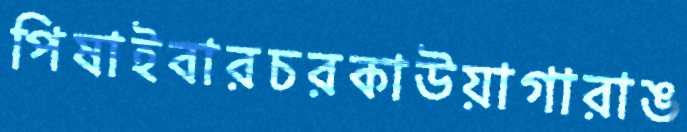
পিষাইবারচরকাউয়াগারাঙ